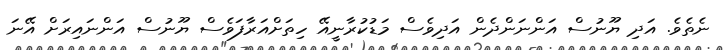
ނެތެވެ. އަދި ޔޫނުސް އަންނަންދެން އަދިވެސް މަޑުކުރާނީއޭ ހިތަށްއަރާފަވެސް ޔޫނުސް އަންނައިރަށް އޭނަ